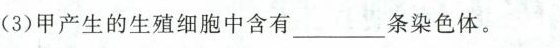
(3)甲产生的生殖细胞中含有____条染色体。